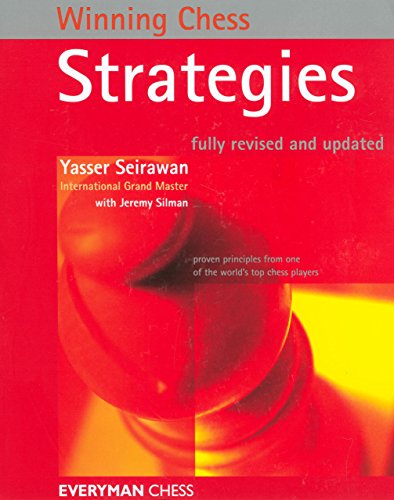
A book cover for Winning Chess Strategies (Winning Chess - Everyman Chess); Yasser Seirawan; Humor & Entertainment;